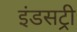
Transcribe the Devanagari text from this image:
इंडसट्री